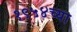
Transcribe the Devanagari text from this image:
१९५४च्या